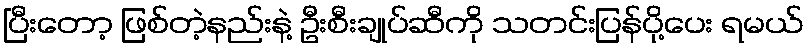
ပြီးတော့ ဖြစ်တဲ့နည်းနဲ့ ဦးစီးချုပ်ဆီကို သတင်းပြန်ပို့ပေး ရမယ်